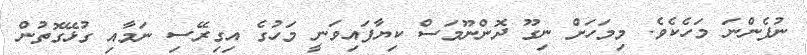
ނުފެންނަ މަހެކެވެ. މިމަހަށް ނިގޫ ދޮންނޫމަސް ކިޔާފައިވަނީ މަހުގެ އިގިރޭސި ނަމާއި ގުޅޭގޮތުން